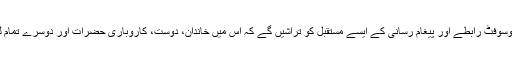
بالمر کے مطابق اس خرید کے بعد سکائپ اور مائیکروسوفٹ رابطے اور پیغام رسانی کے ایسے مستقبل کو تراشیں گے کہ اس میں خاندان، دوست، کاروباری حضرات اور دوسرے تمام لوگ انٹرنیٹ پر ایک حقیقی دنیا سے آشنا ہو سکیں گے۔